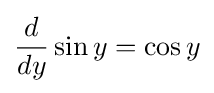
{\frac {d}{dy}}\sin y=\cos y